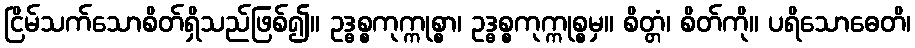
ငြိမ်သက်သောစိတ်ရှိသည်ဖြစ်၍။ ဥဒ္ဓစ္စကုက္ကုစ္စာ၊ ဥဒ္ဓစ္စကုက္ကုစ္စမှ။ စိတ္တံ၊ စိတ်ကို။ ပရိသောဓေတိ၊